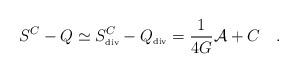
LaTeX: \begin{align*}S^C-Q\simeq S^C_{\tiny\mbox{div}}-Q_{\tiny\mbox{div}}={1 \over 4G}{\cal A}+C~~~.\end{align*}